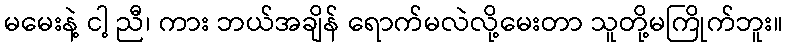
မမေးနဲ့ ငါ့ ညီ၊ ကား ဘယ်အချိန် ရောက်မလဲလို့မေးတာ သူတို့မကြိုက်ဘူး။